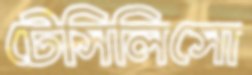
টেসিলিসো